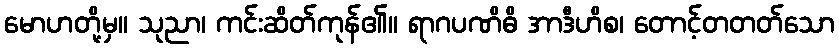
မောဟတို့မှ။ သုညာ၊ ကင်းဆိတ်ကုန်၏။ ရာဂပဏိဓိ အာဒီဟိစ၊ တောင့်တတတ်သော